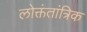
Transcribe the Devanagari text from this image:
लोक्तंतांत्रिक